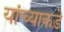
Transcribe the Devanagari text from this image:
यांच्याकड़े